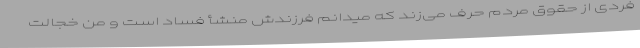
فردی از حقوق مردم حرف می‌زند که میدانم فرزندش منشأ فساد است و من خجالت